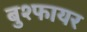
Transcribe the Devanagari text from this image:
बुश्फायर